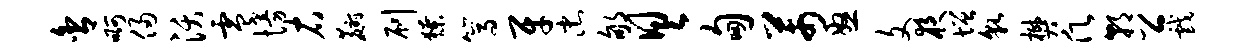
舍啊侵沃零慢右麝刷獠篙牙忠郇具甸芾怒文夜增貌樊愿朝公戏